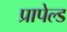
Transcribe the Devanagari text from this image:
प्रापेल्ड